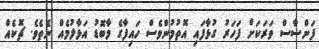
ފަންސާސް ވަރަކަށް ފަހަރު ގުޅާފައި އޮތުމުންވެސް ހައިފާގެ މާބޮޑު އަޅާލުމެއް ނެތެވެ. ޗޮކެއް